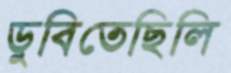
ডুবিতেছিলি